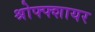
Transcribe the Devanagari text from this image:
श्रोफ्फ्शायर